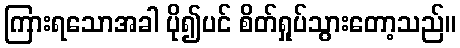
ကြားရသောအခါ ပို၍ပင် စိတ်ရှုပ်သွားတော့သည်။